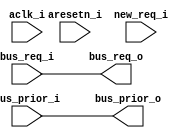
module DW_axi_mca_reqhold (
  // Inputs - System.
  aclk_i,
  aresetn_i,

  // Inputs - Payload source.
  bus_req_i,
  bus_prior_i,
  
  // Inputs - Multi cycle arbitration control.
  new_req_i,

  // Outputs - Channel arbiter.
  bus_req_o,
  bus_prior_o
);

//----------------------------------------------------------------------
// MODULE PARAMETERS.
//----------------------------------------------------------------------
  parameter MCA_EN = 0; // 1 if multi cycle arbitration is enabled.

  parameter HOLD_PRIOR = 0; // 1 if this block should register priority
                            // values.
  
  parameter BUS_PRIOR_W = 0; // Width of priority input bus.

  parameter N = 2; // Numbre of request signals.
		   
//----------------------------------------------------------------------
// PORT DECLARATIONS
//----------------------------------------------------------------------
  // Inputs - System.
  input aclk_i;    // AXI system clock.
  input aresetn_i; // AXI system reset.

  // Inputs - Payload source.
  input [N-1:0]  bus_req_i; 
  input [BUS_PRIOR_W-1:0]  bus_prior_i; 

  // Inputs - Multi cycle arbitration control.
  input          new_req_i;

  // Outputs - Channel arbiter.
  output [N-1:0] bus_req_o; 
  output [BUS_PRIOR_W-1:0] bus_prior_o; 


  //--------------------------------------------------------------------
  // Register signals.
  //--------------------------------------------------------------------
  reg [N-1:0] bus_req_r;
  reg [BUS_PRIOR_W-1:0] bus_prior_r;


  //--------------------------------------------------------------------
  // Request hold and mux registers for request and priority signals.
  // Load registers with new request signals if new_req_i is 
  // asserted otherwise hold values.
  //--------------------------------------------------------------------
  assign bus_req_o = (MCA_EN == 0)
                     ? bus_req_i
		     : bus_req_r;

  always @(posedge aclk_i or negedge aresetn_i)
  begin : bus_req_r_PROC
    if(!aresetn_i) begin
      bus_req_r <= {N{1'b0}};
    end else begin
      bus_req_r <= (new_req_i ? bus_req_i : bus_req_r);
    end
  end // bus_req_r_PROC


  // Registering of priority signals is not required unless user has
  // chosen to register external priority signals.
  assign bus_prior_o = ((MCA_EN == 0) || (HOLD_PRIOR == 0))
                       ? bus_prior_i
		       : bus_prior_r;

  always @(posedge aclk_i or negedge aresetn_i)
  begin : bus_prior_r_PROC
    if(!aresetn_i) begin
      bus_prior_r <= {BUS_PRIOR_W{1'b0}};
    end else begin
      bus_prior_r <= (new_req_i ? bus_prior_i : bus_prior_r);
    end
  end // bus_prior_r_PROC


endmodule